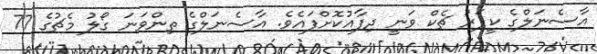
އާސެނަލްގެ ކީޕަރު ޗެކް ވަނީ ދިފާއުކޮށްފައެވެ. އާސެނަލްގެ ތިންވަނަ ގޯލު މެޗުގެ 77